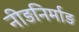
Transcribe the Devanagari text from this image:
नीड़निर्माड़